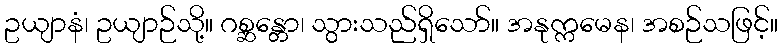
ဥယျာနံ၊ ဥယျာဉ်သို့။ ဂစ္ဆန္တော၊ သွားသည်ရှိသော်။ အနုက္ကမေန၊ အစဉ်သဖြင့်။